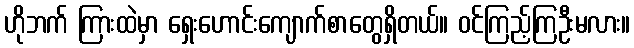
ဟိုဘက် ကြားထဲမှာ ရှေးဟောင်းကျောက်စာတွေရှိတယ်။ ဝင်ကြည့်ကြဦးမလား။